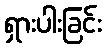
ရှားပါးခြင်း